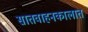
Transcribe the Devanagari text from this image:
सातवाहनकालात